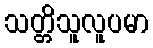
သတ္တိသူလူပမာ